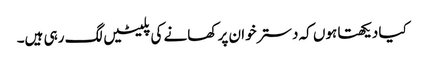
کیا دیکھتا ہوں کہ دسترخوان پر کھانے کی پلیٹیں لگ رہی ہیں۔